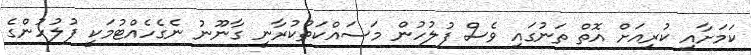
ކަމަށާއި ކުރިއަށް އޮތް ތަނުގައި ވެސް ފުލުހުން މަސައްކަތްކުރާނީ ގާނޫނު ނެގެހެއްޓުމަކީ ފުލުހުންގެ